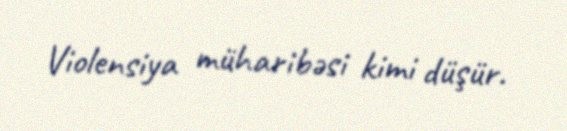
Violensiya müharibəsi kimi düşür.